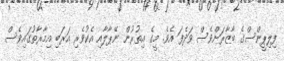
ފިލިޕީންސްގެ ބާޒާރަށްވެސް ވަދެފަ އެވެ. މީގެ އިތުރުން ނޭޕާލާއި އެކުވެރި އަރަބި އިމާރާތުގައިވެސް